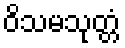
ဝိသမသုတ္တံ